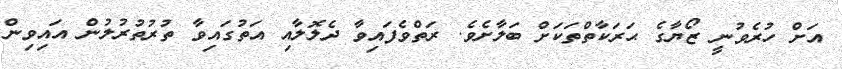
އަށް ހުރެވުނީ ޒޯޔާގެ ޙަަަރަކާތްތަކަށް ބަލާށެވެ. ރަތްވެފައިވާ ދެލޮލާއި އަތުގައިވާ ތުރުތުރުލުން އައިވިން